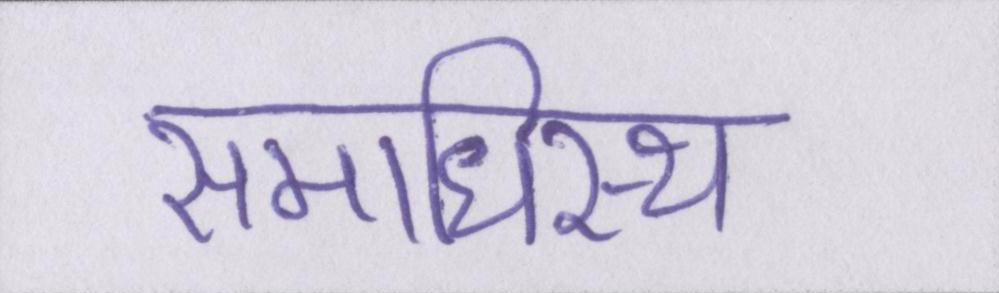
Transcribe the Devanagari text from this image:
समाधिस्थ